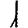
Digit: 1